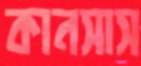
কানসাস